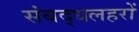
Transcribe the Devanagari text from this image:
संबद्धलहरों